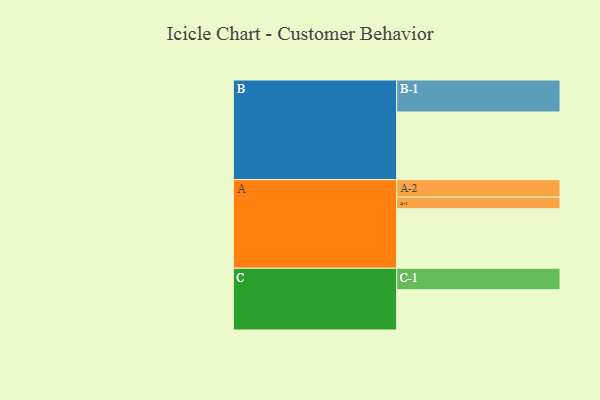
{"axis": {"x": "Segment", "y": "Value"}, "legend": ["", "A", "B", "C"], "data": [{"x": "A", "y": 482, "type": ""}, {"x": "B", "y": 548, "type": ""}, {"x": "C", "y": 326, "type": ""}, {"x": "A-1", "y": 94, "type": "A"}, {"x": "A-2", "y": 141, "type": "A"}, {"x": "B-1", "y": 259, "type": "B"}, {"x": "C-1", "y": 174, "type": "C"}]}